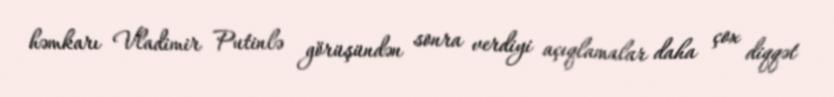
həmkarı Vladimir Putinlə görüşündən sonra verdiyi açıqlamalar daha çox diqqət